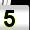
Digit: 5